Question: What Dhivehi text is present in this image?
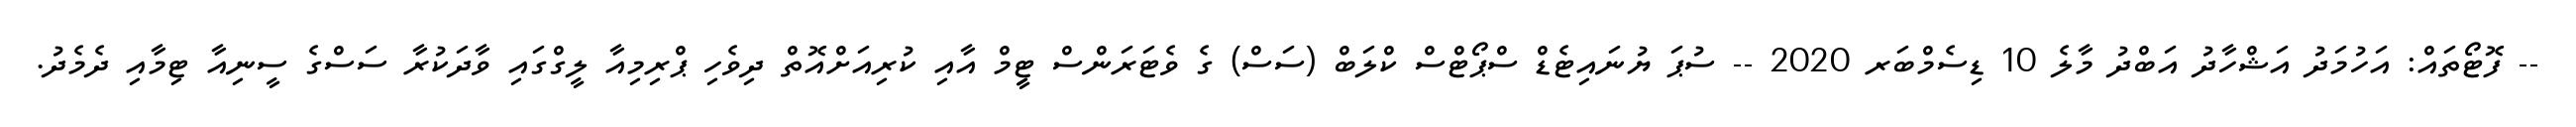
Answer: -- ފޮޓޯތައް: އަހުމަދު އަޝްހާދު އަބްދު މާލެ 10 ޑިސެމްބަރ 2020 -- ސުޕަ ޔުނައިޓެޑް ސްޕޯޓްސް ކްލަބް (ސަސް) ގެ ވެޓަރަންސް ޓިީމް އާއި ކުރިއަށްއޮތް ދިވެހި ޕްރިމިއާ ލީގްގައި ވާދަކުރާ ސަސްގެ ސީނިއާ ޓިމާއި ދެމެދު.